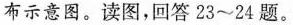
布示意图。读图，回答23~24题。